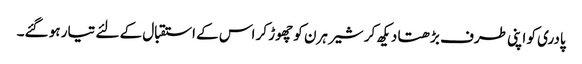
پادری کو اپنی طرف بڑھتا دیکھ کر شیر ہرن کو چھوڑ کر اس کے استقبال کے لئے تیار ہو گئے۔